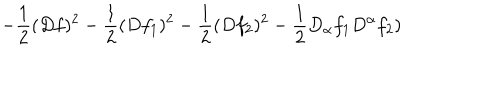
- \frac { 1 } { 2 } ( D f ) ^ { 2 } - \frac { 1 } { 2 } ( D f _ { 1 } ) ^ { 2 } - \frac { 1 } { 2 } ( D f _ { 2 } ) ^ { 2 } - \frac { 1 } { 2 } D _ { \alpha } f _ { 1 } D ^ { \alpha } f _ { 2 } )